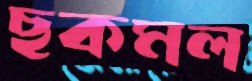
ছকমল